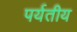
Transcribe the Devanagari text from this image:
पर्यतीय